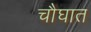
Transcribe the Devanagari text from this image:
चौघात